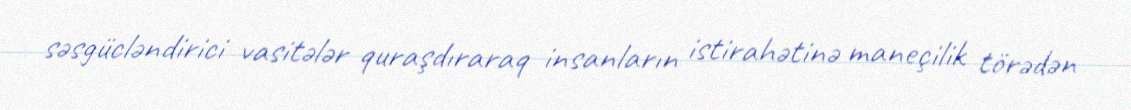
səsgücləndirici vasitələr quraşdıraraq insanların istirahətinə maneçilik törədən